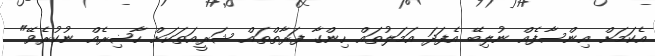
އެކަމަށް އިންސާފެއް ނުލިބޭ އެފަދަ އަމަލުތައް ހިންގާ ފަރާތްތައް ޝަރީއަތަކަށް ހާޟިރެއް ނުކުރެވޭ"